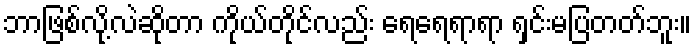
ဘာဖြစ်လို့လဲဆိုတာ ကိုယ်တိုင်လည်း ရေရေရာရာ ရှင်းမပြတတ်ဘူး။